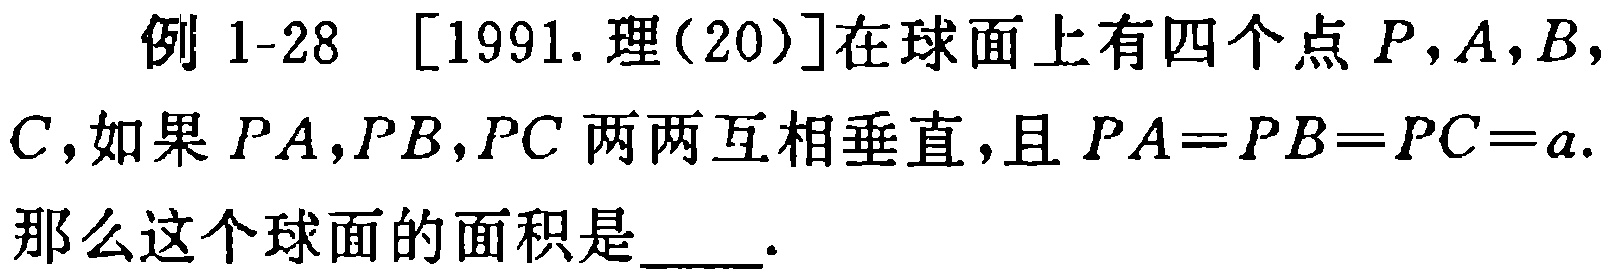
例 1-28 [1991. 理(20)]在球面上有四个点 \(P,A,B,\)

\(C\),如果 \(PA,PB,PC\) 两两互相垂直，且 \(PA = PB = PC = a\).

那么这个球面的面积是  .